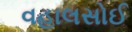
વહાલસોઈ